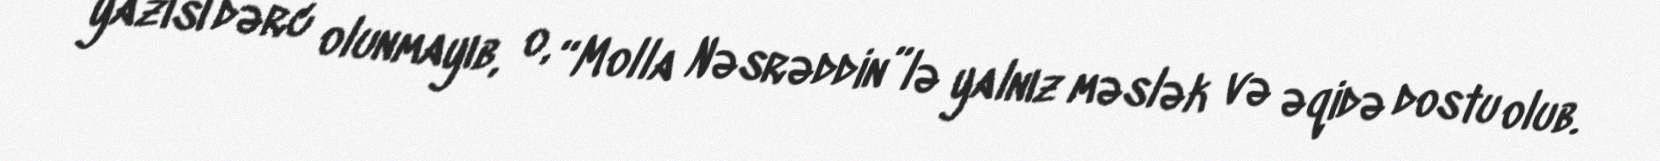
yazısı dərc olunmayıb, o, “Molla Nəsrəddin”lə yalnız məslək və əqidə dostu olub.